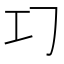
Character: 𢀕